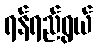
ရန်ရည်ရွယ်